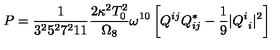
P = \frac { 1 } { 3 ^ { 2 } 5 ^ { 2 } 7 ^ { 2 } 1 1 } \frac { 2 \kappa ^ { 2 } T _ { 0 } ^ { 2 } } { \Omega _ { 8 } } \omega ^ { 1 0 } \left[ Q ^ { i j } Q _ { i j } ^ { * } - \frac { 1 } { 9 } | Q _ { \ i } ^ { i } | ^ { 2 } \right]